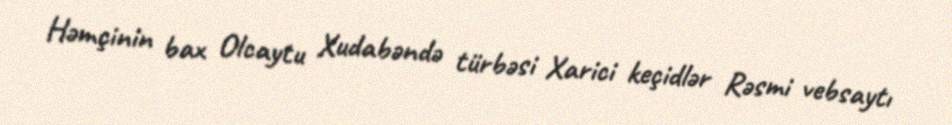
Həmçinin bax Olcaytu Xudabəndə türbəsi Xarici keçidlər Rəsmi vebsaytı